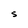
Character: S